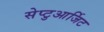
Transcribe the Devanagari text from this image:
सेप्टुआर्जिट